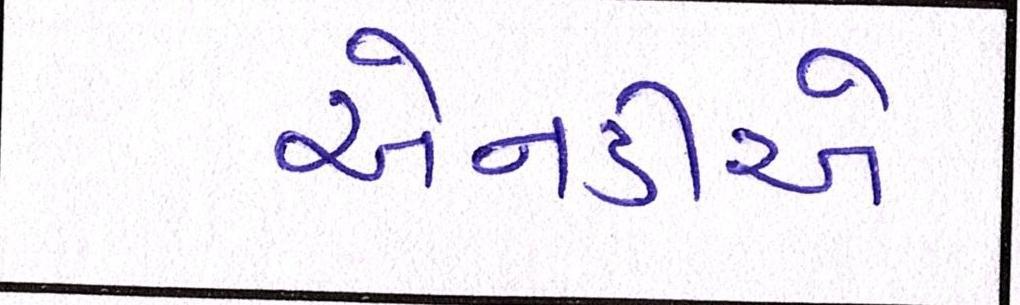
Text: એનડીએ